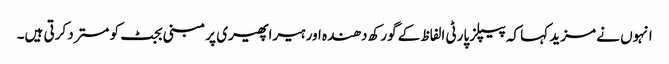
انہوں نے مزید کہا کہ پیپلز پارٹی الفاظ کے گورکھ دھندہ اور ہیراپھیری پر مبنی بجٹ کو مسترد کرتی ہیں۔